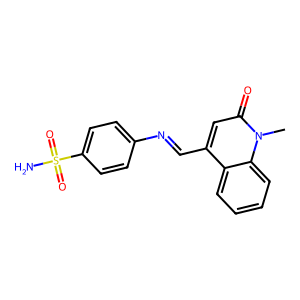
SMILES: Cn1c(=O)cc(C=Nc2ccc(S(N)(=O)=O)cc2)c2ccccc21
Inhibits HIV replication: No